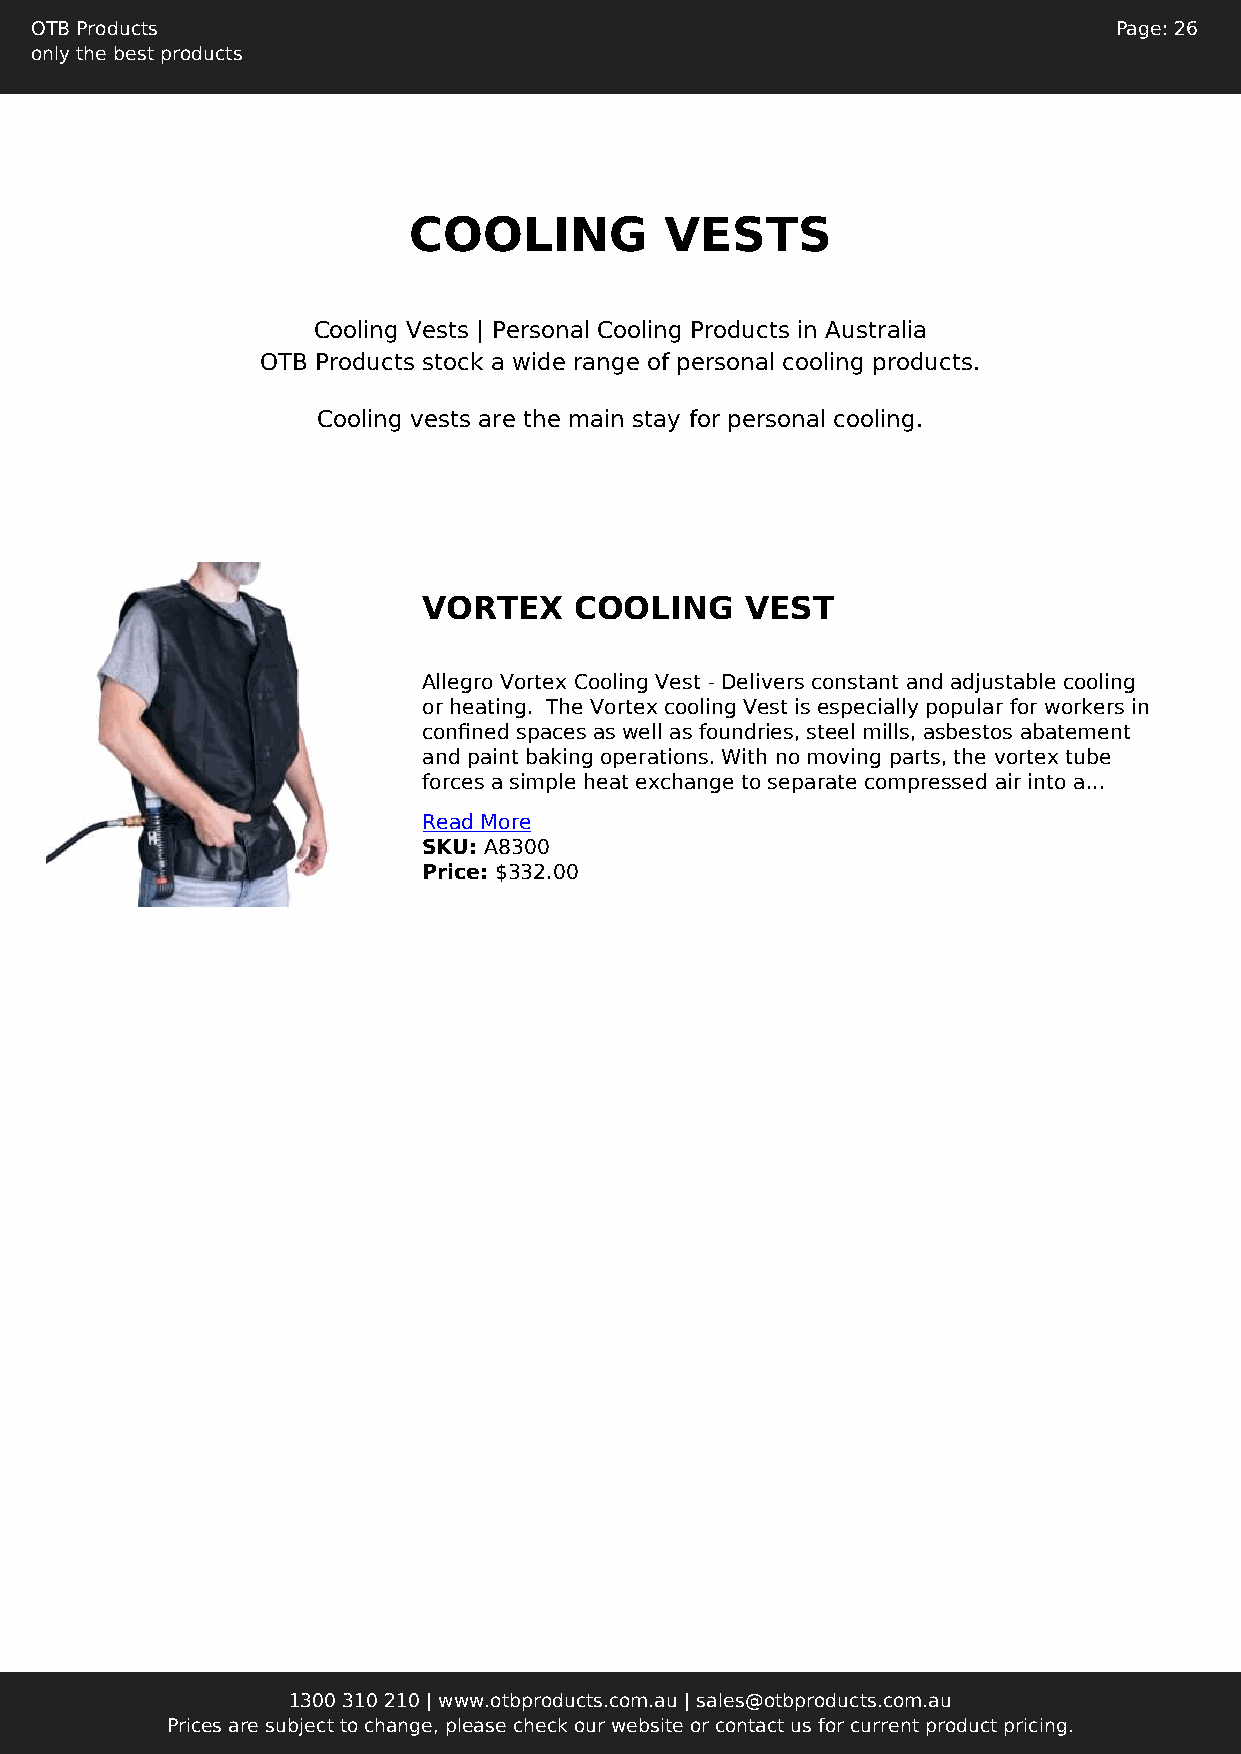
OTB Products                                                            Page: 26
 only the best products
 COOLING          VESTS
 Cooling Vests | Personal Cooling Products in Australia
 OTB Products stock a wide range of personal cooling products.
 Cooling vests are the main stay for personal cooling.
 VORTEX    COOLING    VEST
 Allegro Vortex Cooling Vest - Delivers constant and adjustable cooling
 or heating. The Vortex cooling Vest is especially popular for workers in
 confined spaces as well as foundries, steel mills, asbestos abatement
 and paint baking operations. With no moving parts, the vortex tube
 forces a simple heat exchange to separate compressed air into a...
 Read More
 SKU: A8300
 Price: $332.00
 1300 310 210 | www.otbproducts.com.au | sales@otbproducts.com.au
 Prices are subject to change, please check our website or contact us for current product pricing.